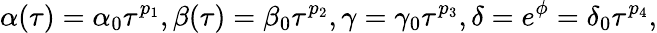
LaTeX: \alpha(\tau)=\alpha_{0}\tau^{p_{1}},\beta(\tau)=\beta_{0}\tau^{p_{2}},\gamma=\gamma_{0}\tau^{p_{3}},\delta=e^{\phi}=\delta_{0}\tau^{p_{4}},